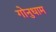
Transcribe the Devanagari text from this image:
गोनुधाम